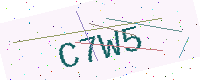
Text: C7W5